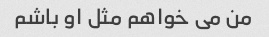
من می خواهم مثل او باشم